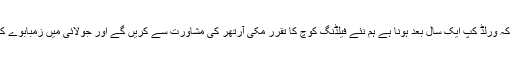
پاکستان کرکٹ بورڈ کے چیئر مین نجم سیٹھی کا کہنا ہے کہ ورلڈ کپ ایک سال بعد ہونا ہے ہم نئے فیلڈنگ کوچ کا تقرر مکی آرتھر کی مشاورت سے کریں گے اور جولائی میں زمبابوے کے دورے سے قبل نئے فیلڈنگ کوچ کا تقرر کیا جائے گا۔